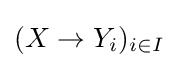
(X\to Y_{i})_{i\in I}